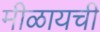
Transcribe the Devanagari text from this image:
मीळायची